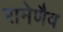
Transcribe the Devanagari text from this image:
रामेणैव